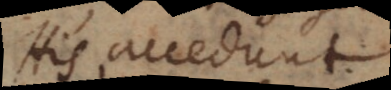
His accedunt